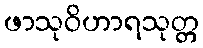
ဖာသုဝိဟာရသုတ္တ